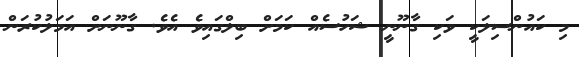
މި ކައުންސިލަކީ ވަކި ގާނޫނީ ޝަހުސެއް ކަމަށް ބިލްްގައިވެ އެވެ. ގާނޫނަށް އަމަލުކުރަން